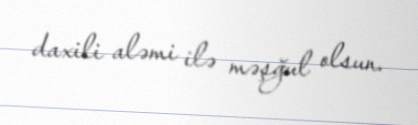
daxili aləmi ilə məşğul olsun.